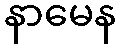
နာမေန